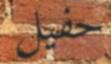
حفيل